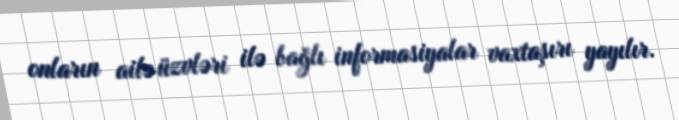
onların ailə üzvləri ilə bağlı informasiyalar vaxtaşırı yayılır.